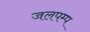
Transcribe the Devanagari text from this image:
जलपम्प